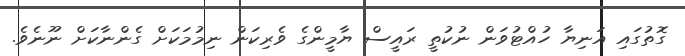
ގޮތުގައި އަނިޔާ ހުއްޓުވަން ނުކުތީ ރައީސް ޔާމީންގެ ވެރިކަން ނިމުމަކަށް ގެންނާކަށް ނޫނެވެ.